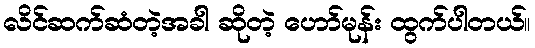
လိင်ဆက်ဆံတဲ့အခါ ဆိုတဲ့ ဟော်မုန်း ထွက်ပါတယ်။